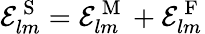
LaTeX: \mathcal{E}_{lm}^{\mathrm{~S~}}=\mathcal{E}_{lm}^{\mathrm{~M~}}+\mathcal{E}_{lm}^{\mathrm{~F~}}